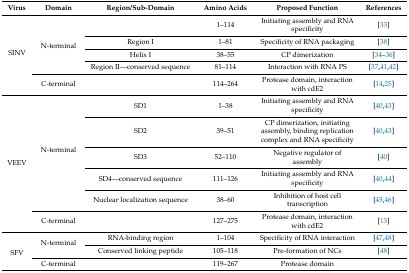
| Virus | Domain | Region/Sub-Domain | Amino Acids | Proposed Function | References |
 | --- | --- | --- | --- | --- | --- |
 | <ROWSPAN=5> SINV | <ROWSPAN=4> N-terminal |  | 1–114 | Initiating assembly and RNA specificity | [33] |
 | Region I | 1–81 | Specificity of RNA packaging | [38] |
 | Helix I | 38–55 | CP dimerization | [34,35,36] |
 | Region II—conserved sequence | 81–114 | Interaction with RNA PS | [37,41,42] |
 | C-terminal |  | 114–264 | Protease domain, interaction with cdE2 | [14,25] |
 | <ROWSPAN=6> VEEV | <ROWSPAN=5> N-terminal | SD1 | 1–38 | Initiating assembly and RNA specificity | [40,43] |
 | SD2 | 39–51 | CP dimerization, initiating assembly, binding replication complex and RNA specificity | [40,43] |
 | SD3 | 52–110 | Negative regulator of assembly | [40] |
 | SD4—conserved sequence | 111–126 | Initiating assembly and RNA specificity | [40,44] |
 | Nuclear localization sequence | 38–60 | Inhibition of host cell transcription | [45,46] |
 | C-terminal |  | 127–275 | Protease domain, interaction with cdE2 | [13] |
 | <ROWSPAN=3> SFV | <ROWSPAN=2> N-terminal | RNA-binding region | 1–104 | Specificity of RNA interaction | [47,48] |
 | Conserved linking peptide | 105–118 | Pre-formation of NCs | [48] |
 | C-terminal |  | 119–267 | Protease domain |  |